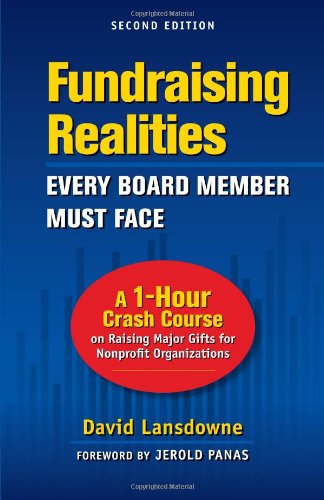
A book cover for Fundraising Realities Every Board Member Must Face; David Lansdowne; Business & Money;